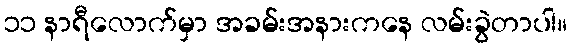
၁၁ နာရီလောက်မှာ အခမ်းအနားကနေ လမ်းခွဲတာပါ။